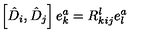
\left[ \hat { D } _ { i } , \hat { D } _ { j } \right] e _ { k } ^ { a } = R _ { k i j } ^ { l } e _ { l } ^ { a }